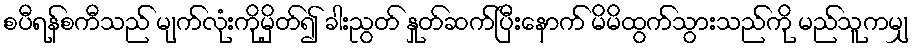
စပီရန်စကီသည် မျက်လုံးကိုမှိတ်၍ ခါးညွတ် နှုတ်ဆက်ပြီးနောက် မိမိထွက်သွားသည်ကို မည်သူကမျှ